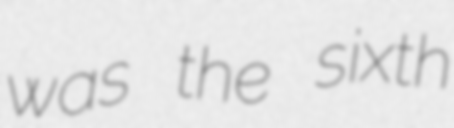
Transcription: was the sixth